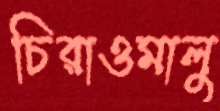
চিরাওমালু